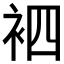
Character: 𮕳